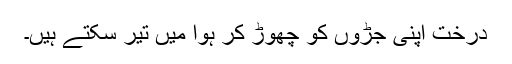
درخت اپنی جڑوں کو چھوڑ کر ہوا میں تیر سکتے ہیں۔